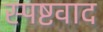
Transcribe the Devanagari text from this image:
स्पष्टवाद